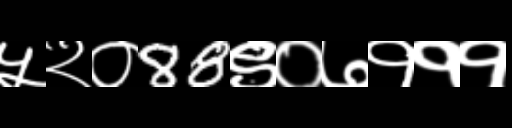
Text: ५२०88९०७१११